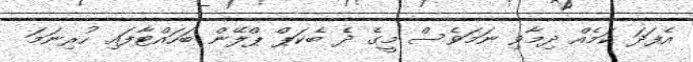
އެފަދަ ކަމެއް ދިމާވި ނަމަވެސް މީގެ ދެ ބެކަޕް ޕްލޭން ބަހައްޓާފައި ހުރިނަމަ